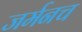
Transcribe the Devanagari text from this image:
जर्मनच